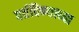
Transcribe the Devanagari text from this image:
वर्तविण्याच्या